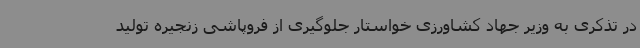
در تذکری به وزیر جهاد کشاورزی خواستار جلوگیری از فروپاشی زنجیره تولید